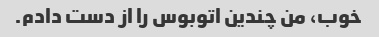
خوب، من چندین اتوبوس را از دست دادم.